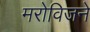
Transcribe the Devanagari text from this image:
मरोविजने